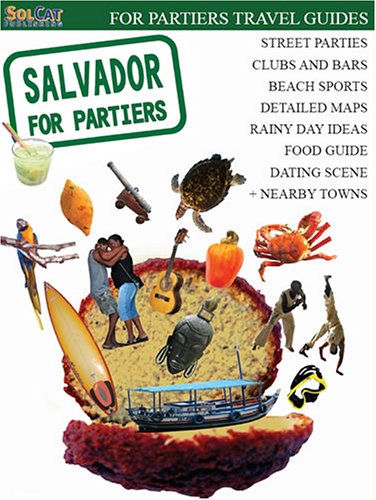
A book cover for Salvador for Partiers; Cristiano Nogueira; Travel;